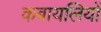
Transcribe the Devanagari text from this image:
कबायलियों